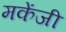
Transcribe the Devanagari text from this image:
मकेंजी